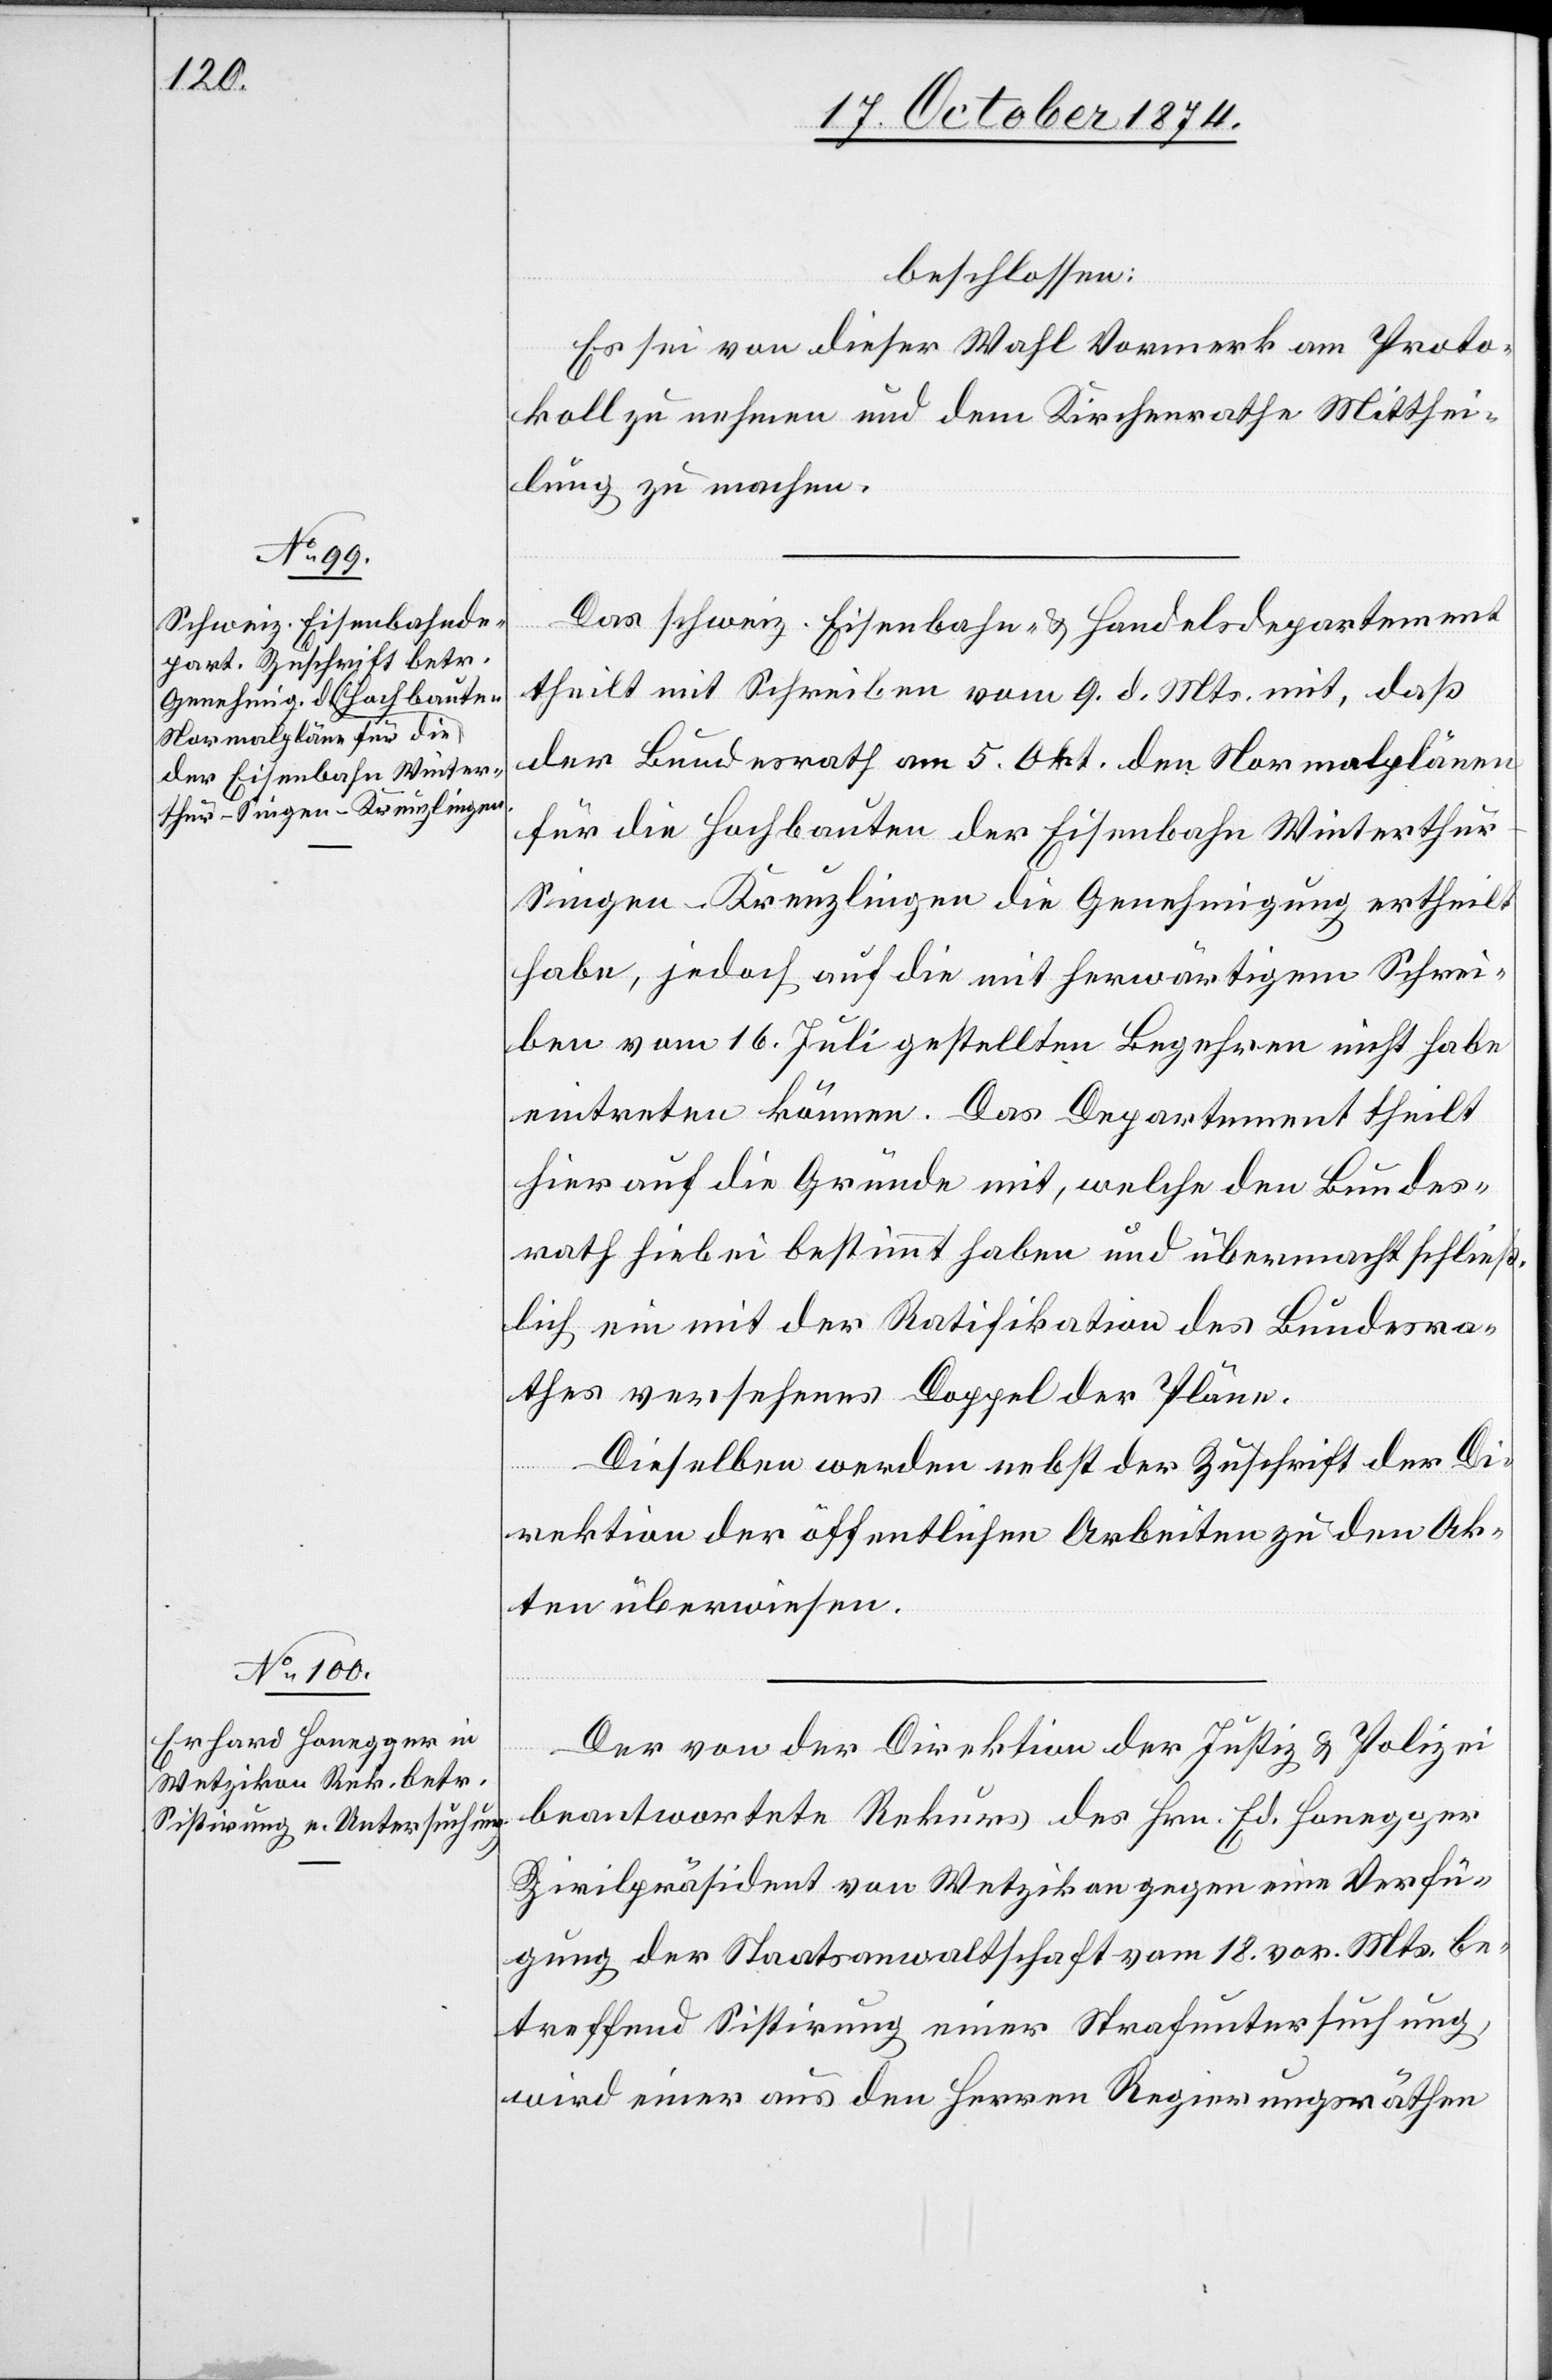
beschlossen:
Es sei von dieser Wahl Vormerk am Proto¬
koll zu nehmen und dem Kirchenrathe Mitthei¬
lung zu machen.
Das schweiz. Eisenbahn- & Handelsdepartement
theilt mit Schreiben vom 9. d. Mts. mit, daß
der Bundesrath am 5. Okt. den Normalplänen
für die Hochbauten der Eisenbahn Winterthu¬
r–Singen–Kreuzlingen die Genehmigung ertheilt
habe, jedoch auf die mit herwärtigem Schrei¬
ben vom 16. Juli gestellten Begehren nicht habe
eintreten können. Das Departement ertheilt
hierauf die Gründe mit, welche den Bundes¬
rath hiebei bestimmt haben und übermacht schließ¬
lich ein mit der Ratifikation des Bundesra¬
thes versehenes Doppel der Pläne.
Dieselben werden nebst der Zuschrift der Di¬
rektion der öffentlichen Arbeiten zu den Ak¬
ten überwiesen.
Der von der Direktion der Justiz & Polizei
beantwortete Rekurs des Hrn. Ed. [sic!] Honegger
Zivilpräsident von Wetzikon gegen eine Verfü¬
gung der Staatsanwaltschaft vom 18. vor. Mts. be¬
treffen Sistirung einer Strafuntersuchung,
wird einer aus den Herren Regierungsräthen